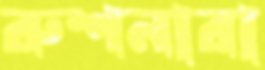
রুশনারা